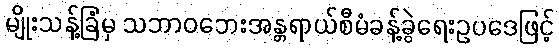
မျိုးသန့်ခြံမှ သဘာဝဘေးအန္တရာယ်စီမံခန့်ခွဲရေးဥပဒေဖြင့်